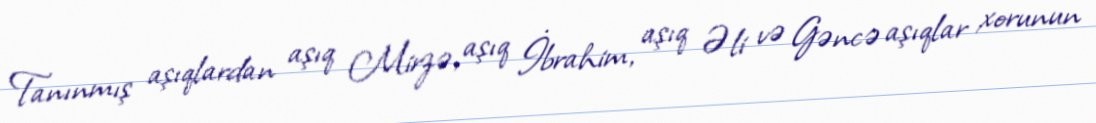
Tanınmış aşıqlardan aşıq Mirzə, aşıq İbrahim, aşıq Əli və Gəncə aşıqlar xorunun